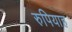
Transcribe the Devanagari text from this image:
रुपियाह